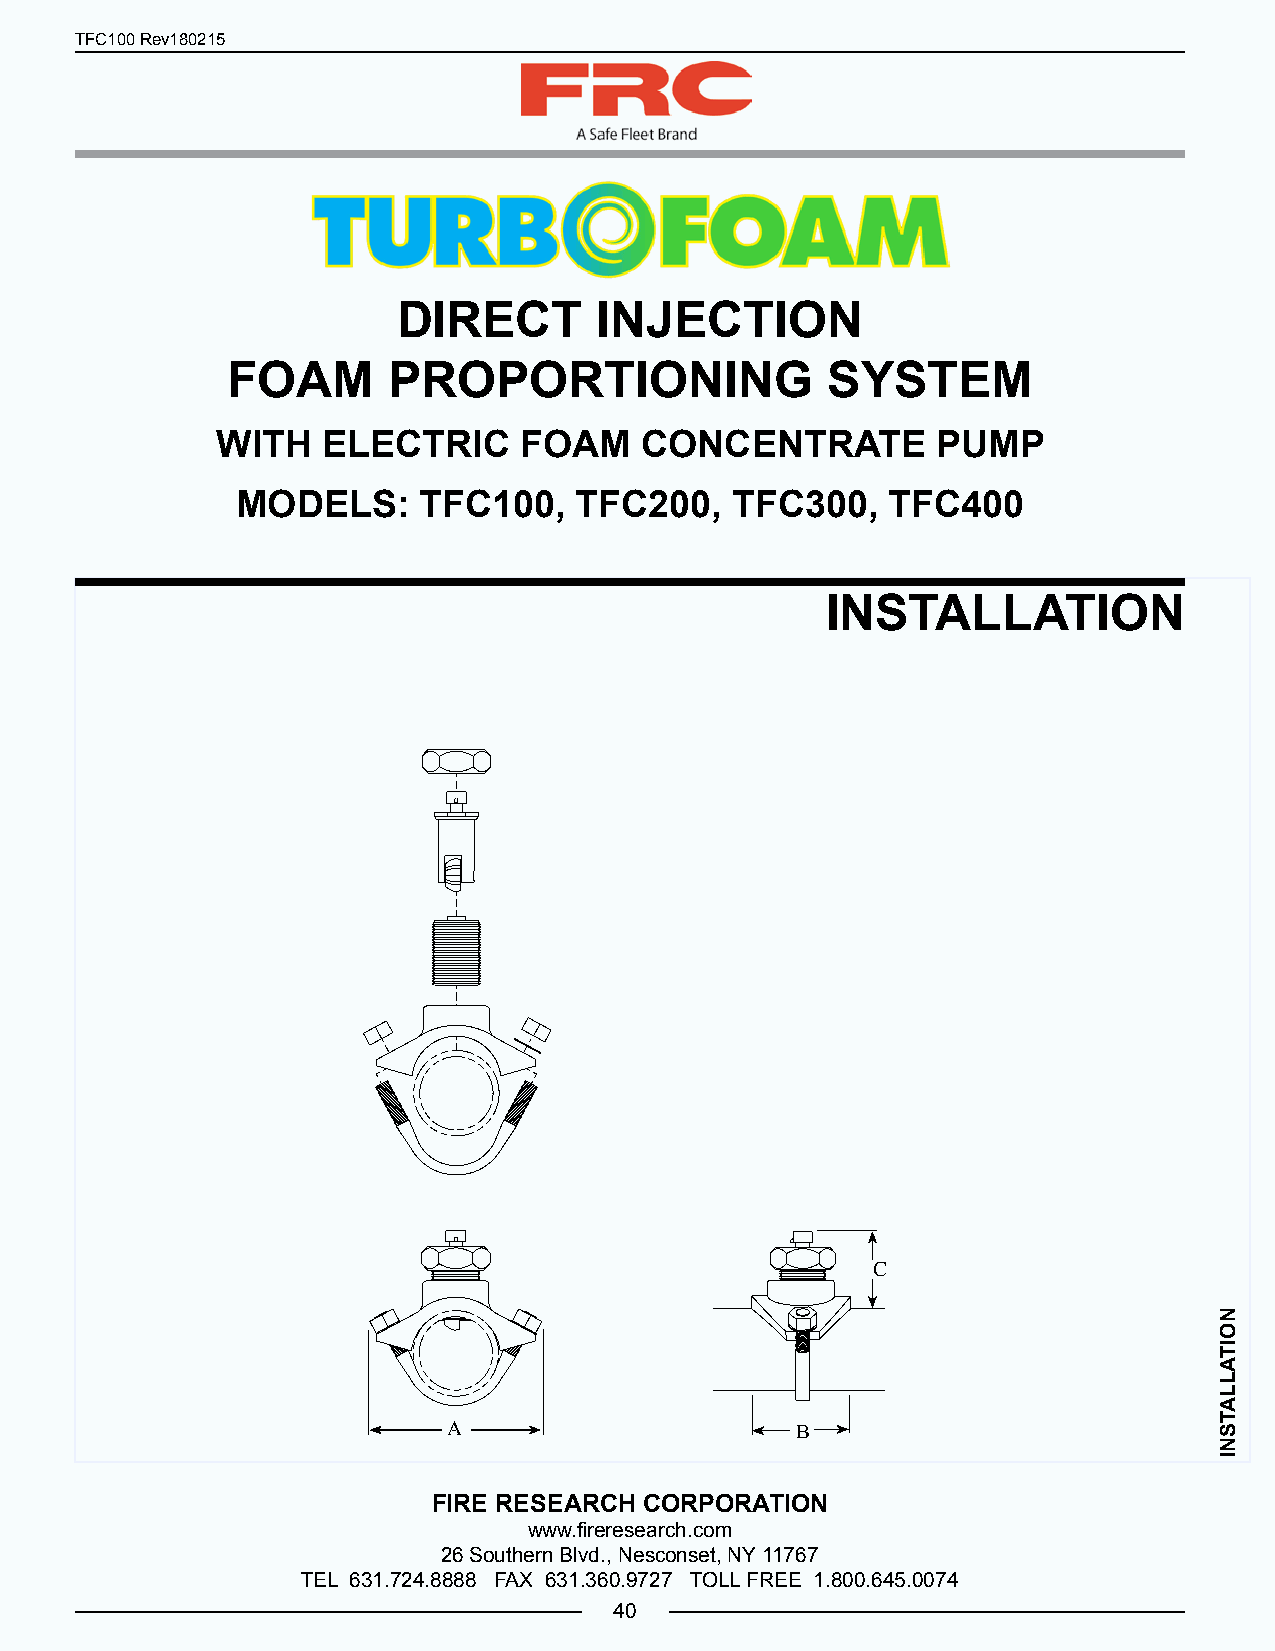
TFC100 Rev180215
 DIRECT        INJECTION
 FOAM       PROPORTIONING                SYSTEM
 WITH   ELECTRIC     FOAM    CONCENTRATE         PUMP
 MODELS:     TFC100,   TFC200,   TFC300,    TFC400
 INSTALLATION
 C
 A                      B
 FIRE RESEARCH CORPORATION
 www.fireresearch.com
 26 Southern Blvd., Nesconset, NY 11767
 TEL 631.724.8888 FAX 631.360.9727 TOLL FREE 1.800.645.0074
 40
 NOITALLATSNI